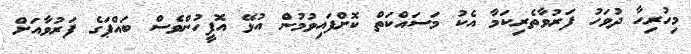
މިހުރިހާ ދުވަހު ފަރުވާތެރިކަމާ އެކު މަސައްކަތް ކޮށްފައިވުމުން އުޅޭ އޮފީހުންވެސް ބައްޕަގެ ފަރުވާއަށް